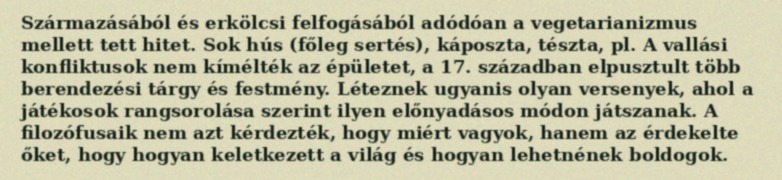
Származásából és erkölcsi felfogásából adódóan a vegetarianizmus mellett tett hitet. Sok hús (főleg sertés), káposzta, tészta, pl. A vallási konfliktusok nem kímélték az épületet, a 17. században elpusztult több berendezési tárgy és festmény. Léteznek ugyanis olyan versenyek, ahol a játékosok rangsorolása szerint ilyen előnyadásos módon játszanak. A filozófusaik nem azt kérdezték, hogy miért vagyok, hanem az érdekelte őket, hogy hogyan keletkezett a világ és hogyan lehetnének boldogok.